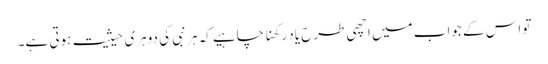
تو اس کے جواب میں اچھی طرح یاد رکھنا چاہیے کہ ہر نبی کی دوہری حیثیت ہوتی ہے۔